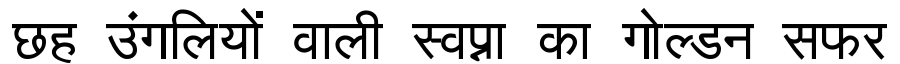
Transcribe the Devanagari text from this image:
छह उंगलियों वाली स्वप्ना का गोल्डन सफर